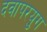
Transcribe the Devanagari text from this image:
दवापरयुग